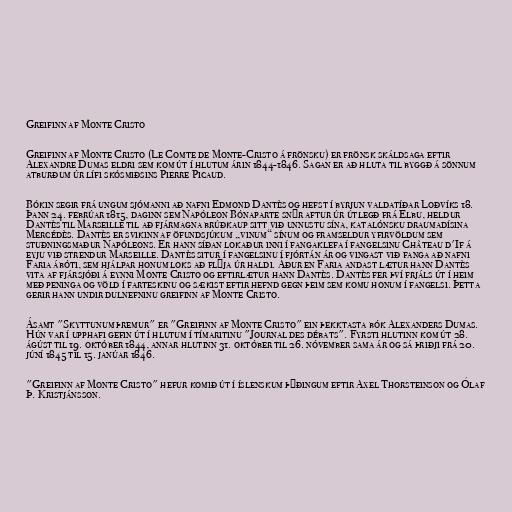
Greifinn af Monte Cristo

Greifinn af Monte Cristo (Le Comte de Monte-Cristo á frönsku) er frönsk skáldsaga eftir
Alexandre Dumas eldri sem kom út í hlutum árin 1844-1846. Sagan er að hluta til byggð á sönnum
atburðum úr lífi skósmiðsins Pierre Picaud.

Bókin segir frá ungum sjómanni að nafni Edmond Dantès og hefst í byrjun valdatíðar Loðvíks 18.
Þann 24. febrúar 1815, daginn sem Napóleon Bónaparte snýr aftur úr útlegð frá Elbu, heldur
Dantès til Marseille til að fjármagna brúðkaup sitt við unnustu sína, katalónsku draumadísina
Mercédès. Dantès er svikinn af öfundsjúkum „vinum“ sínum og framseldur yfirvöldum sem
stuðningsmaður Napóleons. Er hann síðan lokaður inni í fangaklefa í fangelsinu Château d'If á
eyju við strendur Marseille. Dantès situr í fangelsinu í fjórtán ár og vingast við fanga að nafni
Faria ábóti, sem hjálpar honum loks að flýja úr haldi. Áður en Faria andast lætur hann Dantès
vita af fjársjóði á eynni Monte Cristo og eftirlætur hann Dantès. Dantès fer því frjáls út í heim
með peninga og völd í farteskinu og sækist eftir hefnd gegn þeim sem komu honum í fangelsi. Þetta
gerir hann undir dulnefninu greifinn af Monte Cristo.

Ásamt "Skyttunum þremur" er "Greifinn af Monte Cristo" ein þekktasta bók Alexanders Dumas.
Hún var í upphafi gefin út í hlutum í tímaritinu "Journal des débats". Fyrsti hlutinn kom út 28.
ágúst til 19. október 1844, annar hlutinn 31. október til 26. nóvember sama ár og sá þriðji frá 20.
júní 1845 til 15. janúar 1846.

"Greifinn af Monte Cristo" hefur komið út í íslenskum þýðingum eftir Axel Thorsteinson og Ólaf
Þ. Kristjánsson.